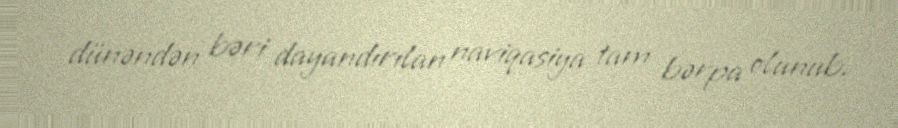
dünəndən bəri dayandırılan naviqasiya tam bərpa olunub.